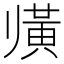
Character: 𲎕